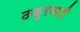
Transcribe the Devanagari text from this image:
ठकुरबारी